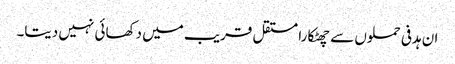
ان ہدفی حملوں سے چھٹکارا مستقل قریب میں دکھائی نہیں دیتا۔